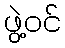
ဖွဲ့ဝင်